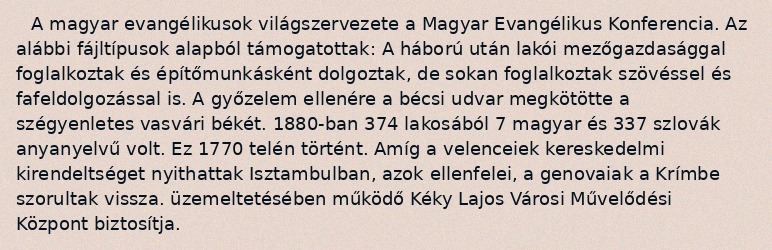
A magyar evangélikusok világszervezete a Magyar Evangélikus Konferencia. Az alábbi fájltípusok alapból támogatottak: A háború után lakói mezőgazdasággal foglalkoztak és építőmunkásként dolgoztak, de sokan foglalkoztak szövéssel és fafeldolgozással is. A győzelem ellenére a bécsi udvar megkötötte a szégyenletes vasvári békét. 1880-ban 374 lakosából 7 magyar és 337 szlovák anyanyelvű volt. Ez 1770 telén történt. Amíg a velenceiek kereskedelmi kirendeltséget nyithattak Isztambulban, azok ellenfelei, a genovaiak a Krímbe szorultak vissza. üzemeltetésében működő Kéky Lajos Városi Művelődési Központ biztosítja.